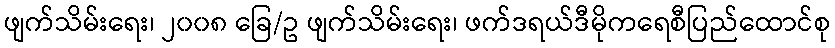
ဖျက်သိမ်းရေး၊ ၂၀၀၈ ခြေ/ဥ ဖျက်သိမ်းရေး၊ ဖက်ဒရယ်ဒီမိုကရေစီပြည်ထောင်စု